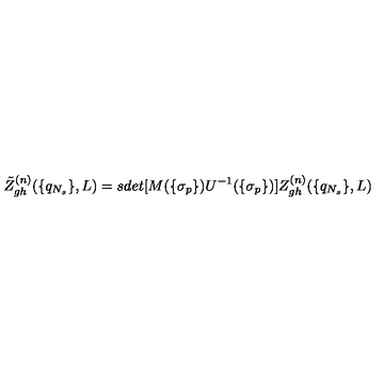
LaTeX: \tilde { Z } _ { g h } ^ { ( n ) } ( \{ q _ { N _ { s } } \} , L ) = s d e t [ M ( \{ \sigma _ { p } \} ) U ^ { - 1 } ( \{ \sigma _ { p } \} ) ] Z _ { g h } ^ { ( n ) } ( \{ q _ { N _ { s } } \} , L )